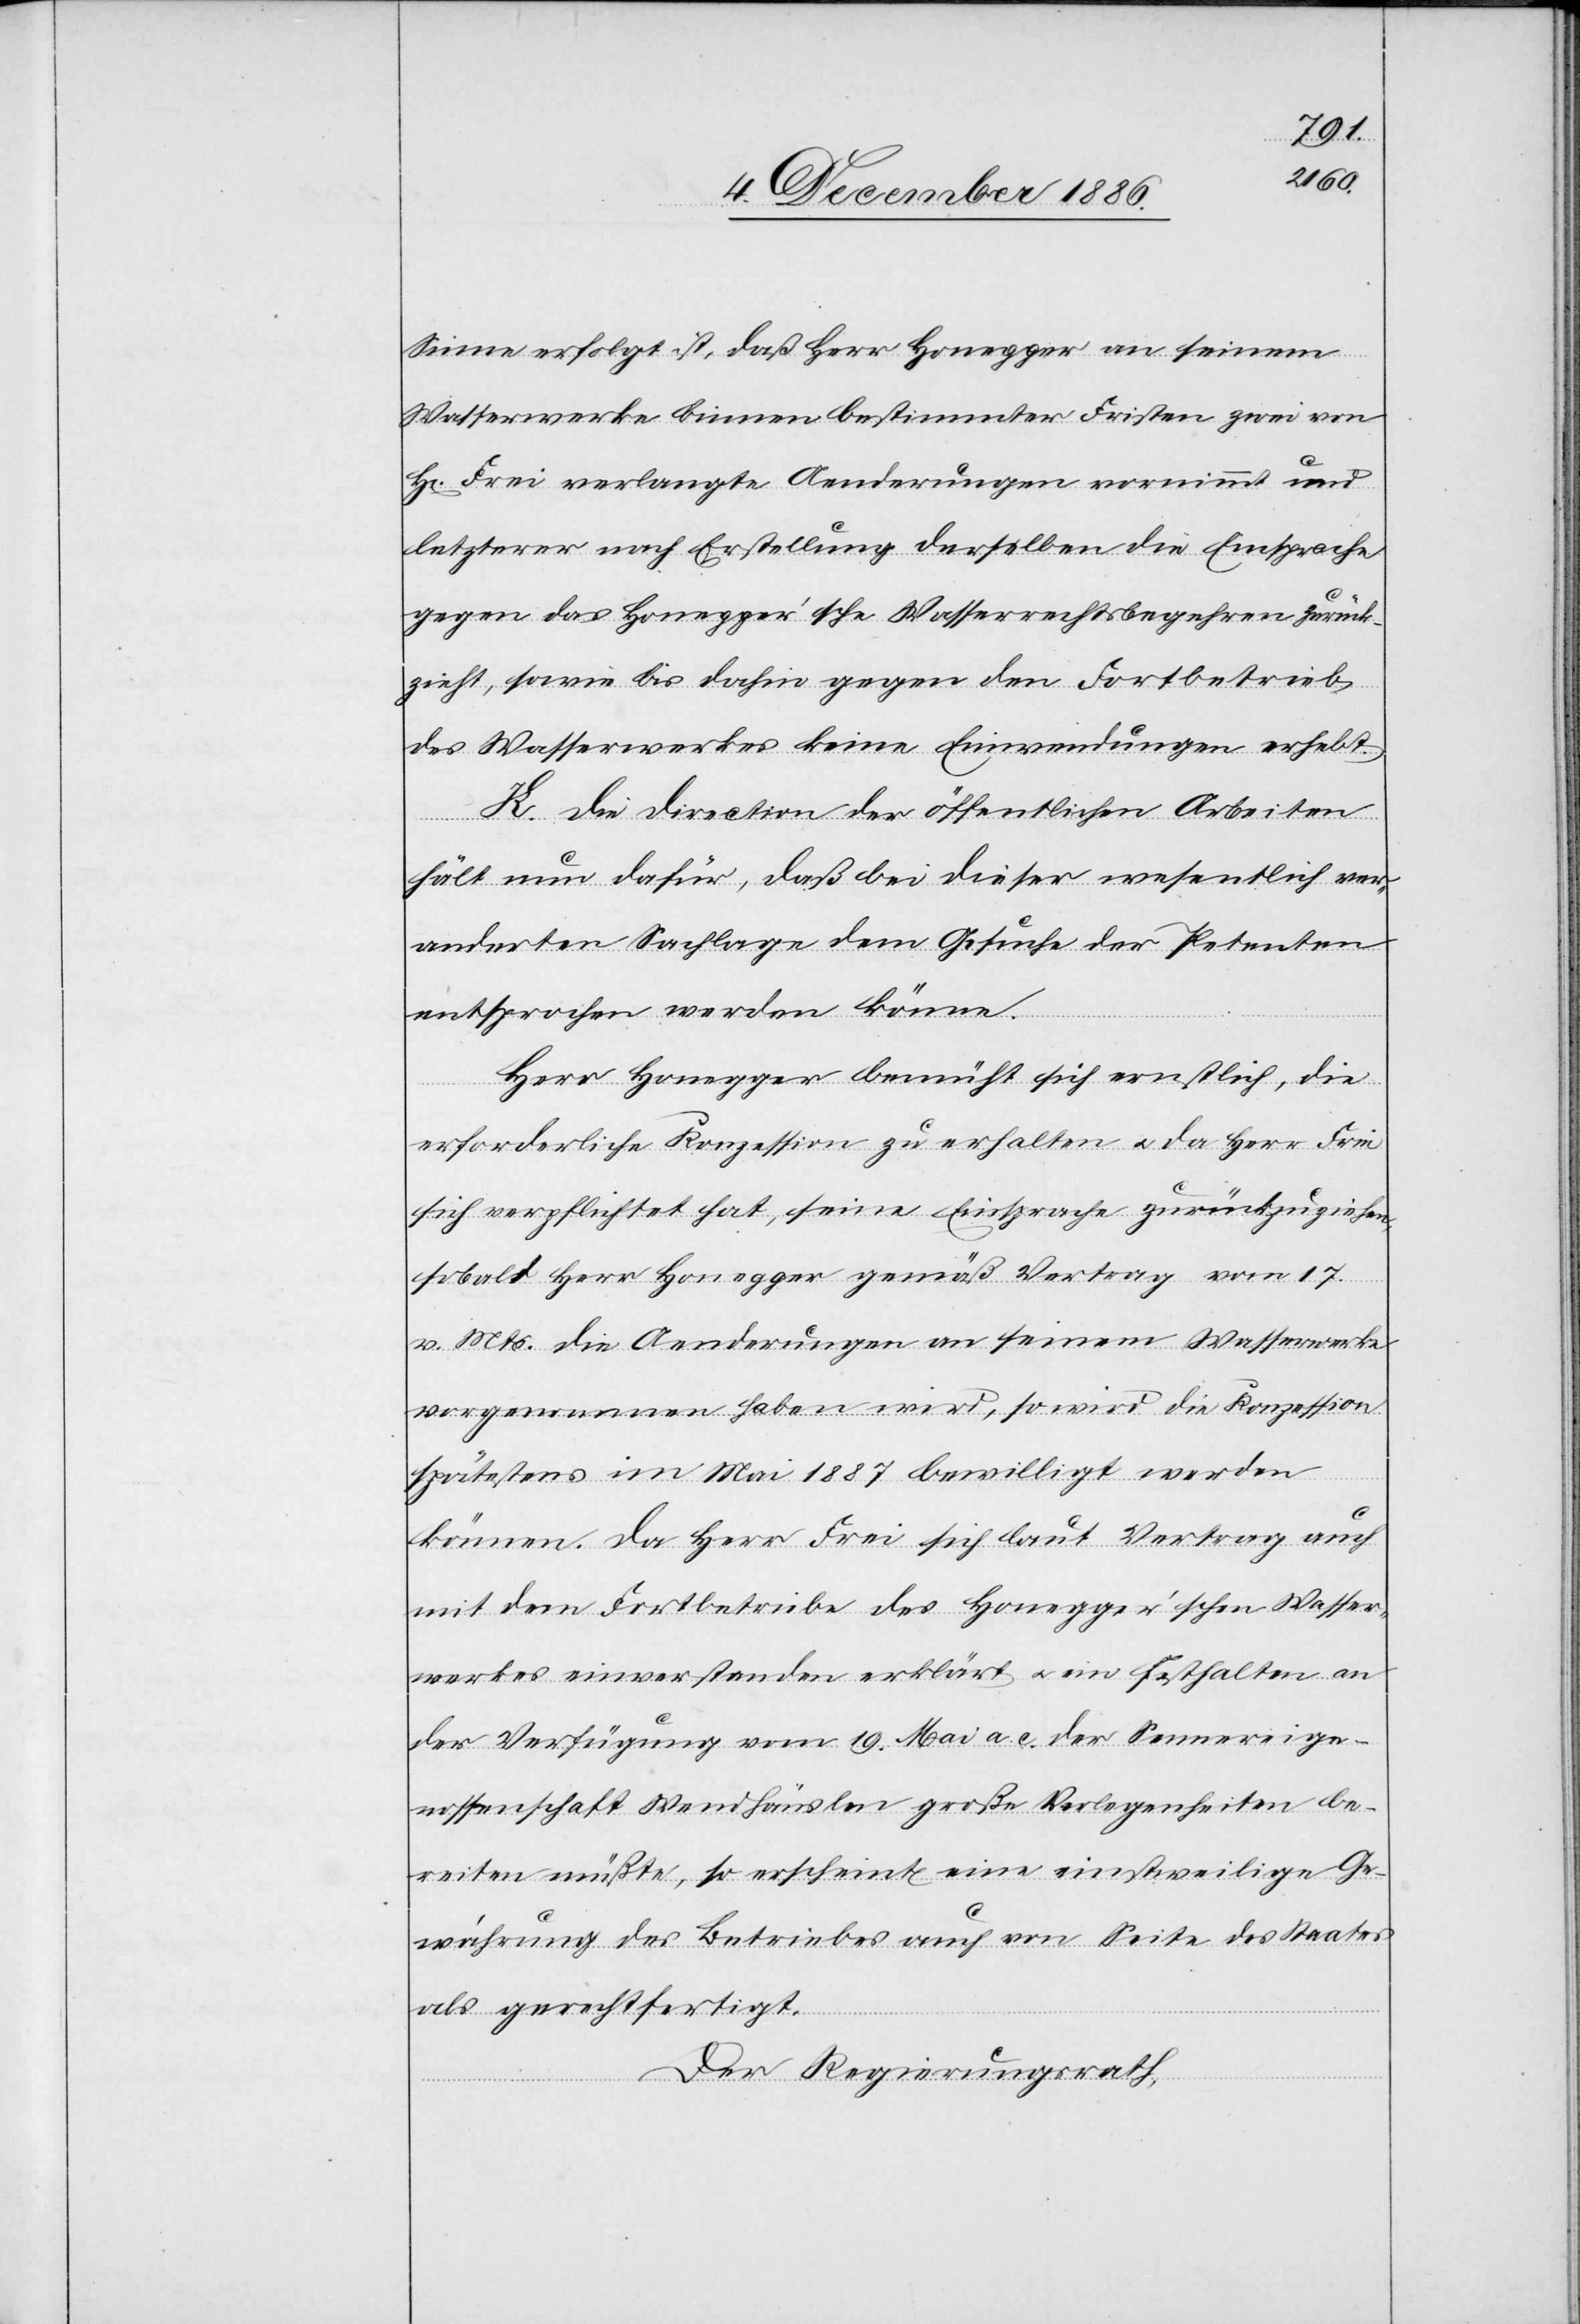
Sinne erfolgt ist, daß Herr Honegger an seinem
Wasserwerke binnen bestimmter Fristen zwei von
H[errn] Frei verlangte Aenderungen vornimmt und
letzterer nach Erstellung derselben die Einsprache
gegen das Honegger’sche Wasserrechtsbegehren zurück¬
zieht, sowie bis dahin gegen den Fortbetrieb
des Wasserwerkes keine Einwendungen erhebt.
K. Die Direction der öffentlichen Arbeiten
hält nun dafür, daß bei dieser wesentlich ver¬
anderten [sic!] Sachlage dem Gesuche der Petenten
entsprochen werden könne.
Herr Honegger bemüht sich ernstlich, die
erforderliche Konzession zu erhalten & da Herr Frei
sich verpflichtet hat, seine Einsprache zurückzuziehen,
sobald Herr Honegger gemäß Vertrag vom 17.
v. Mts. die Aenderungen an seinem Wasserwerke
vorgenommen haben wird, so wird die Konzession
spätestens im Mai 1887 bewilligt werden
können. Da Herr Frei sich laut Vertrag auch
mit dem Fortbetriebe des Honegger’schen Wasser¬
werkes einverstanden erklärt & ein Festhalten an
der Verfügung vom 19. Mai a. c. der Sennereige¬
nossenschaft Wendhäuslen große Verlegenheiten be¬
reiten müßte, so erscheint eine einstweilige Ge¬
währung des Betriebes auch von Seite des Staates
als gerechtfertigt.
Der Regierungsrath,